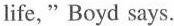
life,"Boyd says.